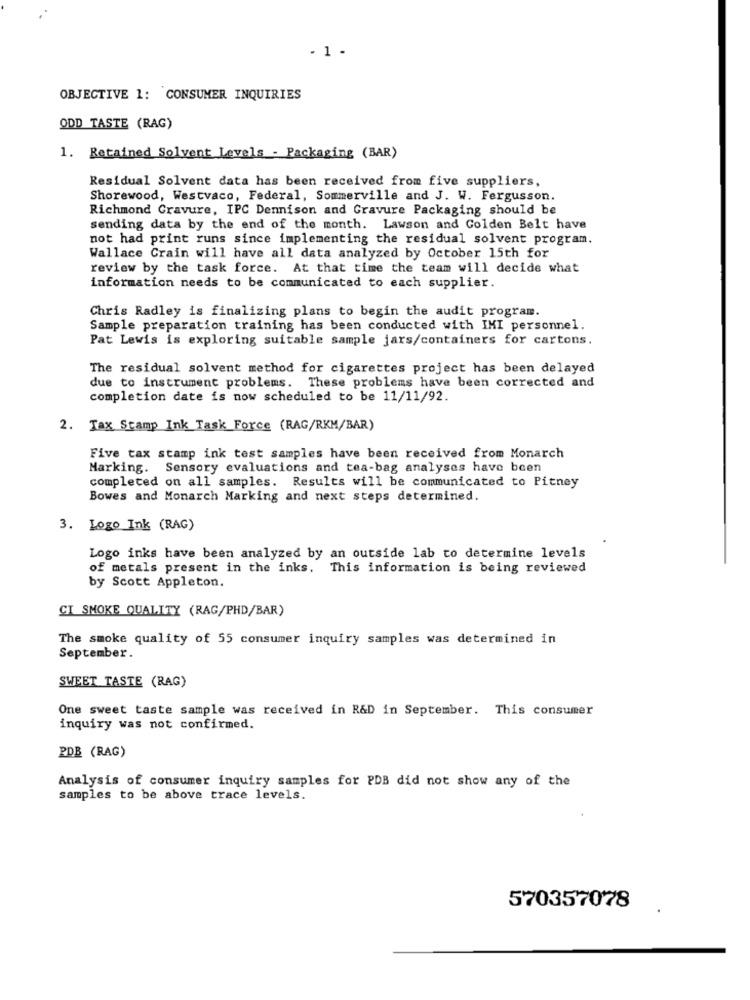
. 1.
OBJECTIVE 1: CONSUMER INQUIRIES
ODD TASTE (RAG)
1. Retained Solvent Levels - Packaging (BAR)
Residual Solvent data has been received from five suppliers,
Shorewood, Westvaco, Federal, Sommerville and J. W. Fergusson.
Richmond Gravure, IPC Dennison and Gravure Packaging should be
sending data by the end of the month. Lawson and Colden Belt have
not had print runs since implementing the residual solvent program.
Wallace Crain will have all data analyzed by October 15th for
review by the task force. At that time the team will decide what
information needs to be communicated to each supplier.
Chris Radley is finalizing plans to begin the audit program.
Sample preparation training has been conducted with IMI personnel.
Pat Lewis is exploring suitable sample jars/containers for cartons.
The residual solvent method for cigarettes project has been delayed
due to instrument problems. These problems have been corrected and
completion date is now scheduled to be 11/11/92.
2. Tax Stamp Ink_Task Force (RAG/RKM/BAR)
Five tax stamp ink test samples have been received from Monarch
Marking. Sensory evaluations and tea-bag analyses have been
completed on all samples. Results will be communicated to Pitney
Bowes and Monarch Marking and next steps determined.
3. Logo Ink (RAG)
Logo inks have been analyzed by an outside lab to determine levels
of metals present in the inks.
This information is being reviewed
by Scott Appleton.
CI SMOKE QUALITY (RAG/PHD/BAR)
The smoke quality of 55 consumer inquiry samples was determined in
September.
SWEET TASTE (RAG)
One sweet taste sample was received in R&D in September. This consumer
inquiry was not confirmed.
PDB (RAG)
Analysis of consumer inquiry samples for PDB did not show any of the
samples to be above trace levels.
570357078